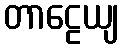
တာဠေယျ